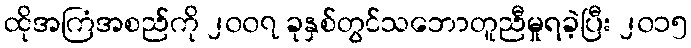
ထိုအကြံအစည်ကို ၂၀၀၇ ခုနှစ်တွင်သဘောတူညီမှုရခဲ့ပြီး ၂၀၁၅